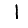
Digit: 1